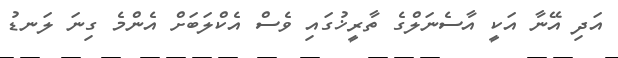
އަދި އޭނާ އަކީ އާސެނަލްގެ ތާރީޚުގައި ވެސް އެކްލަބަށް އެންމެ ގިނަ ލަނޑު